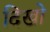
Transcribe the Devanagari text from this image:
दिखो